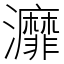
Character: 灖